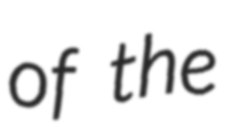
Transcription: of the